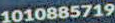
1010885719